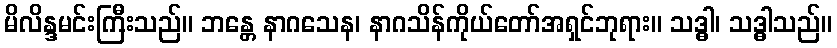
မိလိန္ဒမင်းကြီးသည်။ ဘန္တေ နာဂသေန၊ နာဂသိန်ကိုယ်တော်အရှင်ဘုရား။ သဒ္ဓါ၊ သဒ္ဓါသည်။